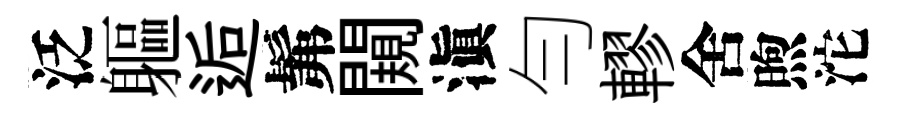
泛軀逅髴闚滇勻轇舍煦沱